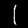
Label: 1